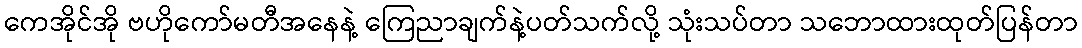
ကေအိုင်အို ဗဟိုကော်မတီအနေနဲ့ ကြေညာချက်နဲ့ပတ်သက်လို့ သုံးသပ်တာ သဘောထားထုတ်ပြန်တာ